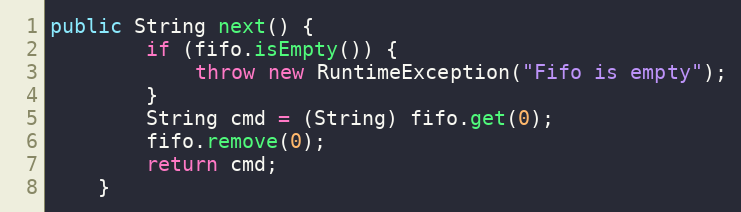
Language: Java
public String next() {
        if (fifo.isEmpty()) {
            throw new RuntimeException("Fifo is empty");
        }
        String cmd = (String) fifo.get(0);
        fifo.remove(0);
        return cmd;
    }